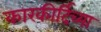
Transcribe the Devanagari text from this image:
कारकीर्दिच्या